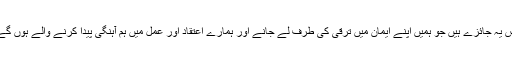
پس یہ جائزے ہیں جو ہمیں اپنے ایمان میں ترقی کی طرف لے جانے اور ہمارے اعتقاد اور عمل میں ہم آہنگی پیدا کرنے والے ہوں گے۔